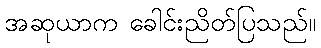
အဆုယာက ခေါင်းညိတ်ပြသည်။